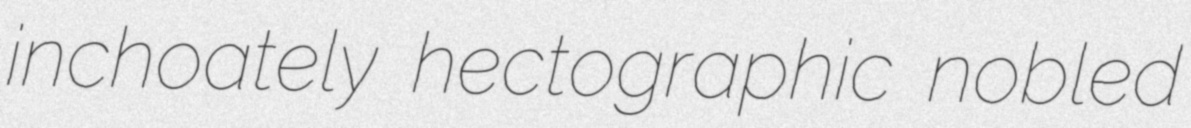
inchoately hectographic nobled